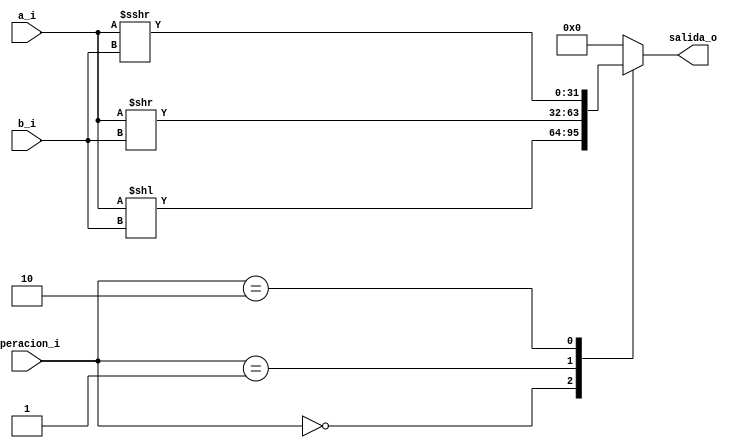
module shift #(parameter N = 32)(
    input [N-1:0] a_i,       		// Entrada A de N bits
    input [N-1:0] b_i,       		// Entrada B de N bits (cantidad de desplazamiento)
    input [1:0] operacion_i,     // Cdigo de operacin de 2 bits para el tipo de desplazamiento
    output reg [N-1:0] salida_o 	// Resultado del desplazamiento
);

    always @(*) begin
        case (operacion_i)
            2'b00: salida_o = a_i << b_i;  				// Desplazamiento lgico a la izquierda (SLL)
            2'b01: salida_o = a_i >> b_i;  				// Desplazamiento lgico a la derecha (SRL)
            2'b10: salida_o = $signed(a_i) >>> b_i;   // Desplazamiento aritmtico a la derecha (SRA)
            default: salida_o = {N{1'b0}};
        endcase
    end

endmodule